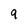
Character: 9